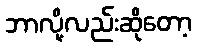
ဘာလို့လည်းဆိုတော့